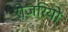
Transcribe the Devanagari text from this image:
रोजरियो